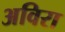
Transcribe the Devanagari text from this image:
अविरा